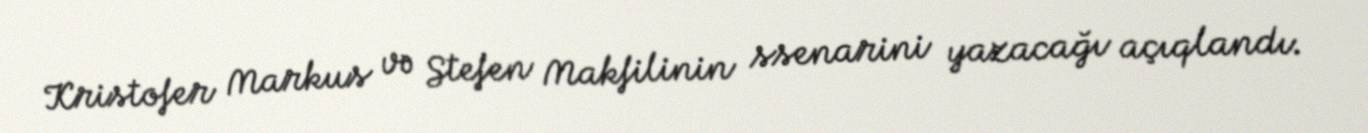
Kristofer Markus və Stefen Makfilinin ssenarini yazacağı açıqlandı.